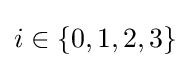
i\in \{0,1,2,3\}